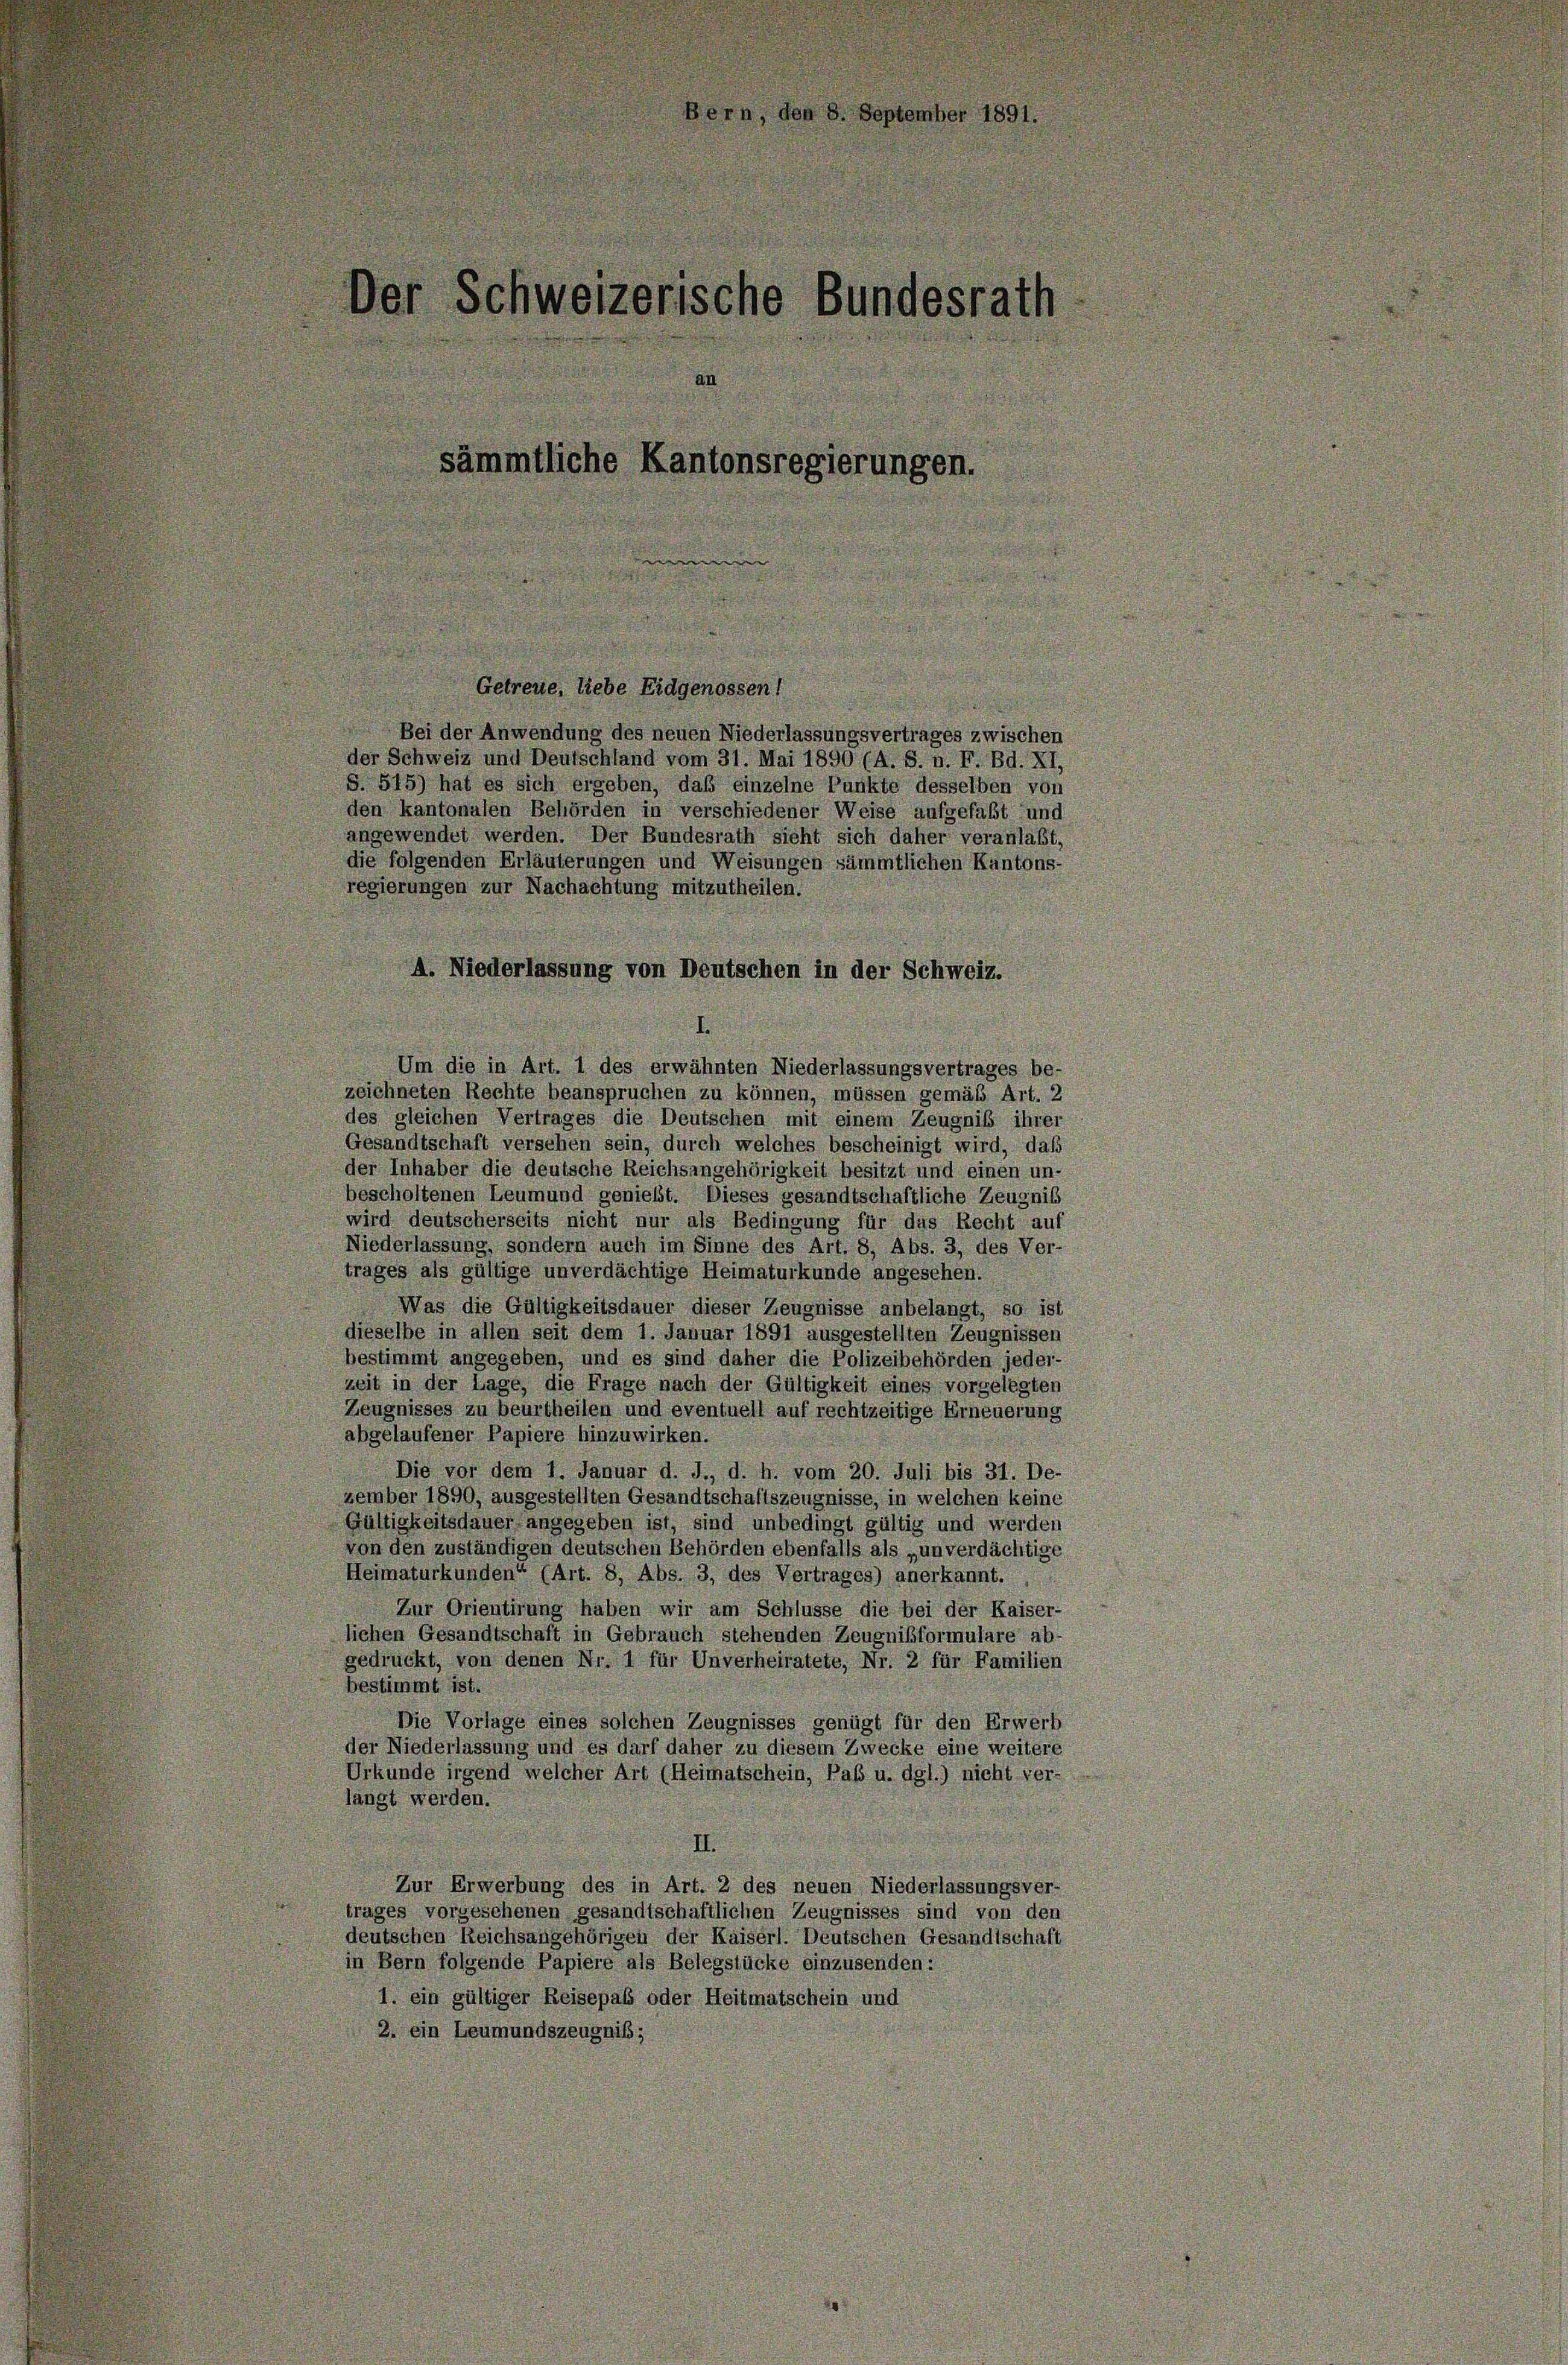
er Schweizerische Bundesrath
sämmtliche Kantonsregierungen

Bern, den 8. Septem

Getreue, liebe Eidgenossen
Bei der Anwendung des neuen Niederlassungsvertrages zwischen
der Schweiz und Deutschland vom 31. Mai 1890 (A. S. n. F. Bd. XI,
S. 515) hat es sich ergeben, daß einzelne Punkte desselben von
den kantonalen Behörden in verschiedener Weise aufgefaßt und
angewendet werden. Der Bundesrath sieht sich daher veranlaßt,
die folgenden Erläuterungen und Weisungen sämmtlichen Kantons-
regierungen zur Nachachtung mitzutheilen.
A. Niederlassung von Deutschen in der Schweiz.
Um die in Art. 1 des erwähnten Niederlassungsvertrages be-
zeichneten Rechte beanspruchen zu können, müssen gemäß Art. 2
des gleichen Vertrages die Deutschen mit einem Zeugniß ihrer
Gesandtschaft versehen sein, durch welches bescheinigt wird, daß
der Inhaber die deutsche Reichsangehörigkeit besitzt und einen un-
bescholtenen Leumund genießt. Dieses gesandtschaftliche Zeugniß
wird deutscherseits nicht nur als Bedingung für das Recht auf
Niederlassung, sondern auch im Sinne des Art. 8, Abs. 3, des Ver-
trages als gültige unverdächtige Heimaturkunde angesehen.
Was die Gültigkeitsdauer dieser Zeugnisse anbelangt, so ist
dieselbe in allen seit dem 1. Januar 1891 ausgestellten Zeugnissen
bestimmt angegeben, und es sind daher die Polizeibehörden jeder-
zeit in der Lage, die Frage nach der Gültigkeit eines vorgelegten
Zeugnisses zu beurtheilen und eventuell auf rechtzeitige Erneuerung
abgelaufener Papiere hinzuwirken.

Die vor dem 1. Januar d. J., d. h. vom 20. Juli bis 31. De-
zember 1890, ausgestellten Gesandtschaftszeugnisse, in welchen keine
Gültigkeitsdauer angegeben ist, sind unbedingt gültig und werden
von den zuständigen deutschen Behörden ebenfalls als „unverdächtige
Heimaturkunden“ (Art. 8, Abs. 3, des Vertrages) anerkannt.
Zur Orientirung haben wir am Schlüsse die bei der Kaiser-
lichen Gesandtschaft in Gebrauch stehenden Zeugnisformulare ab
gedruckt, von denen Nr. 1 für Unverheiratete, Nr. 2 für Familien
bestimmt ist.
Die Vorlage eines solchen Zeugnisses genügt für den Erwerb
der Niederlassung und es darf daher zu diesem Zwecke eine weitere
Urkunde irgend welcher Art (Heimatschein, Pab u. dgl.) nicht ver-
langt werden.
Zur Erwerbung des in Art. 2 des neuen Niederlassungsver-
trages vorgesehenen gesandtschaftlichen Zeugnisses sind von den
deutschen Reichsangehörigen der Kaiserl. Deutschen Gesandtschaft
in Bern folgende Papiere als Belegstücke einzusenden:
1. ein gültiger Reisepab oder Heitmatschein und
2. ein Leumundszeugnis;

3 18